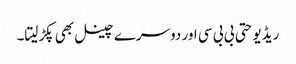
ریڈیو حتی بی بی سی اور دوسرے چینل بھی پکڑلیتا۔